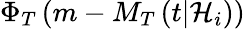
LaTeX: \Phi_{T}\left(m-M_{T}\left(t\vert{\cal H}_{i}\right)\right)